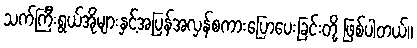
သက်ကြီးရွယ်အိုများနှင့်အပြန်အလှန်စကားပြောပေးခြင်းတို့ ဖြစ်ပါတယ်။